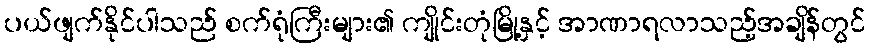
ပယ်ဖျက်နိုင်ပါသည် စက်ရုံကြီးများ၏ ကျိုင်းတုံမြို့နှင့် အာဏာရလာသည့်အချိန်တွင်